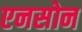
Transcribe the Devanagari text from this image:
एनसोन